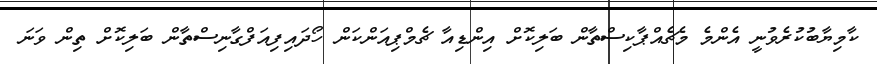
ކާމިޔާބުކުރެވުނީ އެންމެ މެޗެއްޕާކިސްތާން ބަލިކޮށް އިންޑިއާ ޗެމްޕިއަންކަން ހޯދައިފިއަފްގާނިސްތާން ބަލިކޮށް ތިން ވަަނަ